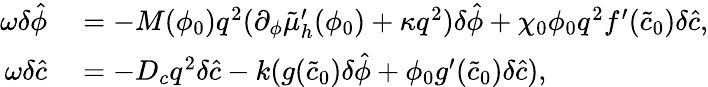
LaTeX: \begin{array}{rl}{\omega\delta\hat{\phi}}&{{}=-M(\phi_{0})q^{2}(\partial_{\phi}\tilde{\mu}_{h}^{\prime}(\phi_{0})+\kappa q^{2})\delta\hat{\phi}+\chi_{0}\phi_{0}q^{2}f^{\prime}(\tilde{c}_{0})\delta\hat{c},}\\ {\omega\delta\hat{c}}&{{}=-D_{c}q^{2}\delta\hat{c}-k(g(\tilde{c}_{0})\delta\hat{\phi}+\phi_{0}g^{\prime}(\tilde{c}_{0})\delta\hat{c}),}\end{array}